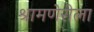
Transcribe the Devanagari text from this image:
श्रामणेरीला